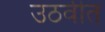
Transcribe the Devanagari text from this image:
उठवीत